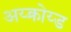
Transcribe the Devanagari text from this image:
अय्क्रोय्ड